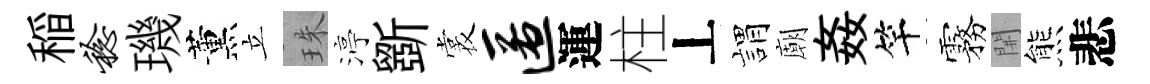
稲稔璣薰立珠渟斵裳匿運柱丄娟廟姦竿霧𨳩熊悲